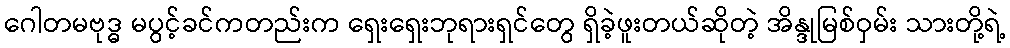
ဂေါတမဗုဒ္ဓ မပွင့်ခင်ကတည်းက ရှေးရှေးဘုရားရှင်တွေ ရှိခဲ့ဖူးတယ်ဆိုတဲ့ အိန္ဒုမြစ်ဝှမ်း သားတို့ရဲ့